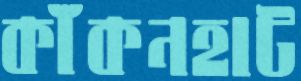
কাঁকনহাট